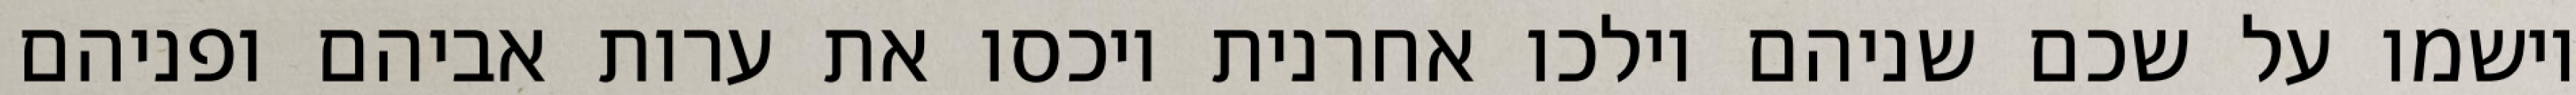
וישמו על שכם שניהם וילכו אחרנית ויכסו את ערות אביהם ופניהם